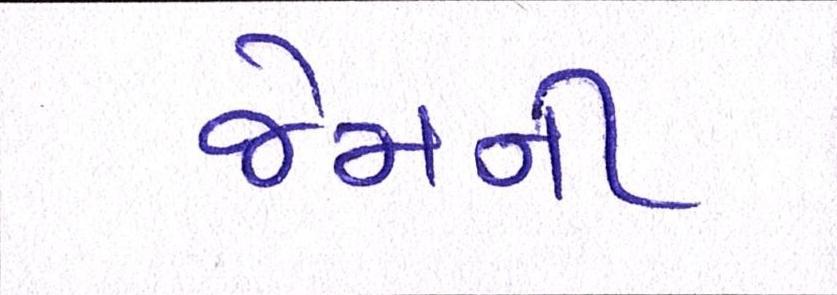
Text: જેમની